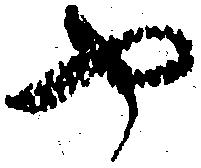
や